Report on vaccination North-West Frontier Province 1904-1922 - 1904-1922
Year: 1904
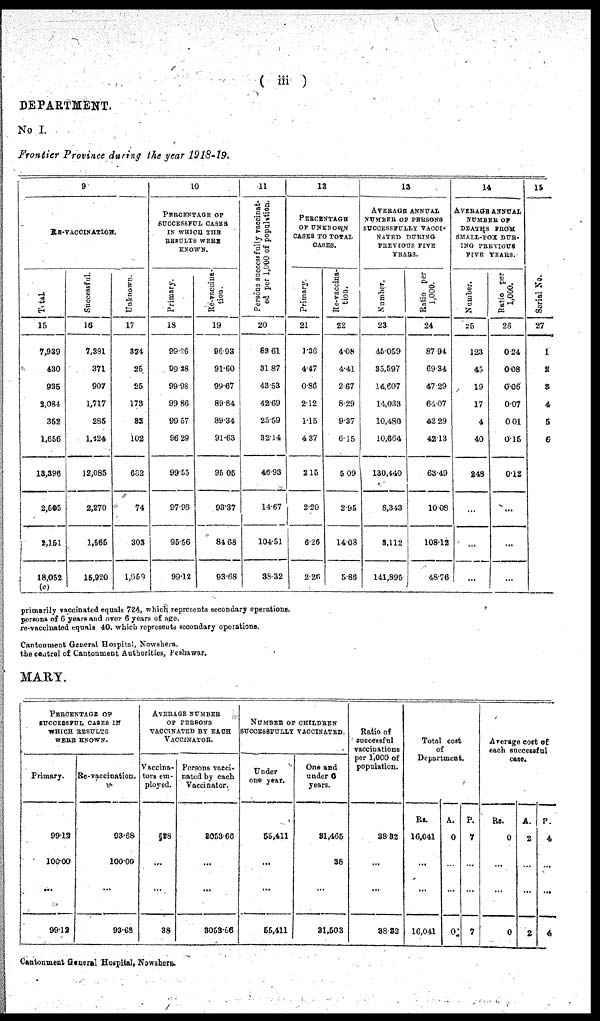
( iii)
DEPARTMENT.
No I.
Frontier Province during the year 1918-19.
9
RE-VACCINATION.
Tatal
15
7,939
430
935
2,084
352
1,656
13,396
2,505
2,151
18,052
(c)
Successful.
16
7,381
371
907
1,717
286
1,124
12,085
2,270
1,565
15,920
Unknown.
17
324
25
25
173
33
102
682
74
303
1,059
10
PERCENTAGE OF
SUCCESSFUL CASES
IN WHICH THE
RESULTS WERE
KNOWN.
Primary.
18
99.26
99.18
99.98
99.86
99.67
96.29
99.65
97.90
95.56
99.12
Re-vaccina¬
tion.
19
96.93
91.60
99.67
89.84
89.34
91.63
96.06
93.37
84.68
93.68
11
Persons successfully vaccinat¬
ed per 1,000 of population.
20
89.61
31.87
43.53
42.69
25.59
32.14
46.93
14.67
104.51
38.32
12
PERCENTAGE
OF UNKNOWN
CASES TO TOTAL
CASES.
Primary.
21
1.36
4.47
0.86
2.12
1.15
4.37
2.15
2.20
6.26
2.26
Re-vaccina¬
tion.
22
4.08
4.41
2.67
8.29
9.37
6.15
5.09
2.95
14.08
5.86
13
AVERAGE ANNUAL
NUMBER OF PERSONS
SUCCESSFULLY VACCI¬
NATED DURING
PREVIOUS FIVE
YEARS.
Number.
23
45.059
35,697
14,607
14,033
10,480
10,664
130,440
8,343
3,112
141,896
Ratio per
1,000.
24
87.94
69.34
47.29
64.07
42.29
42.13
63.49
10.08
108.12
48.76
14
AVERAGE ANNUAL
NUMBER OF
DEATHS FROM
SMALL-POX DUR¬
ING PREVIOUS
FIVE YEARS.
Number.
25
123
45
19
17
4
40
248
...
...
...
Ratio per
1,000.
26
0.24
0.08
0.06
0.07
0.01
0.15
0.12
...
...
...
15
Serial No.
27
1
2
3
4
5
6
primarily vaccinated equals 724. which represents secondary operations.
persons of 6 years and over 6 years of age.
re-vaccinated equals 40. which represents secondary operations.
Cantonment General Hospital, Nowehera.
the central of Cantonment Authorities, Peshawar.
MARY.
PERCENTAGE OF
SUCCESSFUL CASES IN
WHICH RESULTS
WERE KNOWN.
Primary.
99.12
100.00
...
99.12
Re-vaccination.
93.68
100.00
...
93.63
AVERAGE NUMBER
OF PERSONS
VACCINATED BY EACH
VACCINATED
Vaccina¬
tors em-
ployed.
§38
...
...
38
Persons vacci¬
nated by each
Vaccinator.
3053.66
...
...
3053.66
NUMBER OF CHILDREN
SUCCESSFULLY VACCINATED.
Under
one year.
55,411
...
...
55,411
One and
under 6
years.
31,465
38
...
31,503
Ratio of
successful
vaccinations
per 1,000 of
population.
38.32
...
...
38.32
Total cost
of
Department.
Rs.
16,041
...
...
16,041
A.
0
...
...
02
P.
7
...
...
7
Average cost of
each successful
case.
Rs.
0
...
...
0
A.
2
...
...
2
P.
4
...
...
4
Cantonment General Hospital, Nowshera.